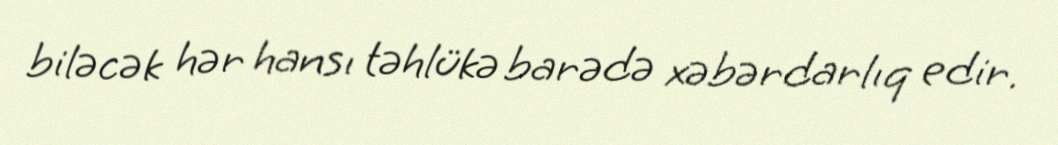
biləcək hər hansı təhlükə barədə xəbərdarlıq edir.